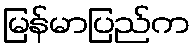
မြန်မာပြည်က